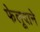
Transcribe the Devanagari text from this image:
फेलूदाने